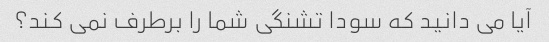
آیا می دانید که سودا تشنگی شما را برطرف نمی کند؟